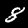
Label: 8